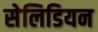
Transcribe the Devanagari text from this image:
सेलिडियन